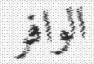
الوافر